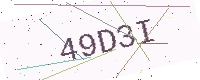
Text: 49D3I